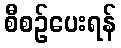
စီစဉ်ပေးရန်